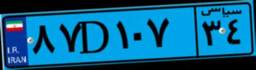
۸۷D۱۰۷۳۴